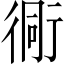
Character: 衕